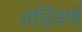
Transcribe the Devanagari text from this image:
हडि्डयाँ